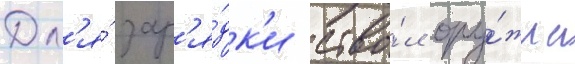
Дл'я́ зар'я́дк'и ство́л ору́жиа